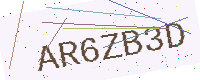
Text: AR6ZB3D